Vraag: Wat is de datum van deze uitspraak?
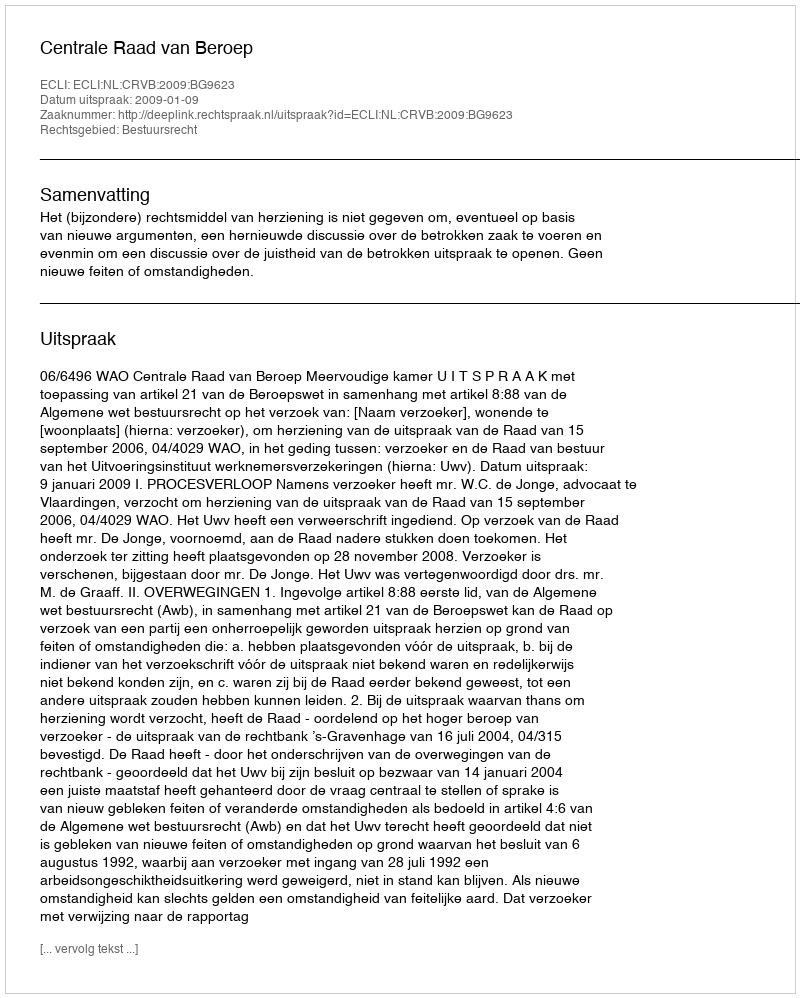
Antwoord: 2009-01-09